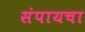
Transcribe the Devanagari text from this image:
संपायचा